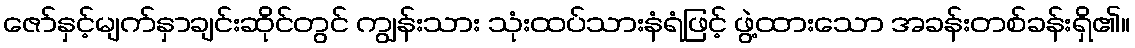
ဇော်နှင့်မျက်နှာချင်းဆိုင်တွင် ကျွန်းသား သုံးထပ်သားနံရံဖြင့် ဖွဲ့ထားသော အခန်းတစ်ခန်းရှိ၏။